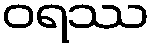
ဝရဿ